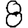
Digit: 8